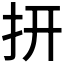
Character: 𮲏